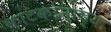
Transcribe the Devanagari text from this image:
काटकोनाच्या